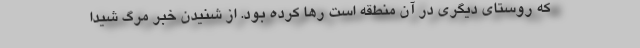
که روستای دیگری در آن منطقه است رها کرده بود. از شنیدن خبر مرگ شیدا